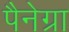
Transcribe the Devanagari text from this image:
पैनेग्रा